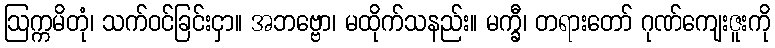
ဩက္ကမိတုံ၊ သက်ဝင်ခြင်းငှာ။ အဘဗ္ဗော၊ မထိုက်သနည်း။ မက္ခီ၊ တရားတော် ဂုဏ်ကျေးဇူးကို